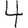
Digit: 4